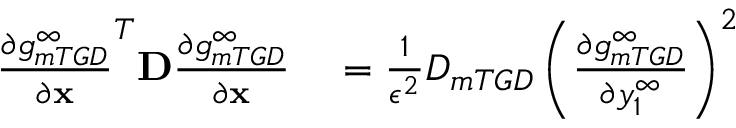
\begin{array} { r l } { \frac { \partial g _ { m T G D } ^ { \infty } } { \partial \mathbf { x } } ^ { T } \mathbf { D } \frac { \partial g _ { m T G D } ^ { \infty } } { \partial \mathbf { x } } } & { { } = \frac { 1 } { \epsilon ^ { 2 } } D _ { m T G D } \left( \frac { \partial g _ { m T G D } ^ { \infty } } { \partial y _ { 1 } ^ { \infty } } \right) ^ { 2 } } \end{array}